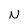
Character: N